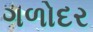
ગળોદર